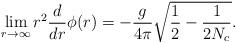
LaTeX: \begin{align*}\lim_{r\to \infty}r^2\frac{d}{dr}\phi(r)=-\frac{g}{4\pi}\sqrt{\frac{1}{2}-\frac{1}{2N_c}}.\end{align*}